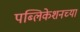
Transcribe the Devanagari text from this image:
पब्लिकेशनच्या